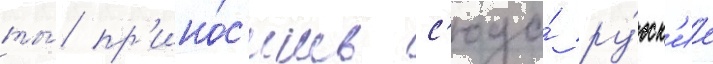
ты́ пр'ино́с'ишь с'юда́ ру́сск'ие